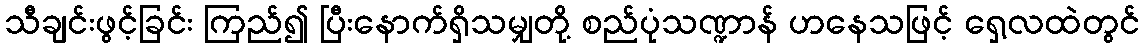
သီချင်းဖွင့်ခြင်း ကြည်၍ ပြီးနောက်ရှိသမျှတို့ စည်ပုံသဏ္ဍာန် ဟနေသဖြင့် ရှေ့လထဲတွင်